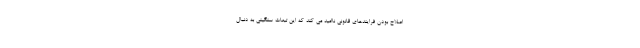
اصلاح بودن فرایندهای قانونی ناامید می کند که این تبعات سنگینی به دنبال